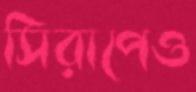
সিরাপেও